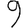
Digit: 9